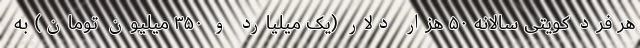
هر فرد کویتی سالانه ۵۰ هزار دلار (یک میلیارد و ۳۵۰ میلیون تومان) به